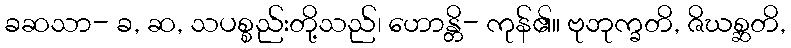
ခဆသာ- ခ, ဆ, သပစ္စည်းတို့သည်၊ ဟောန္တိ- ကုန်၏။ ဗုဘုက္ခတိ, ဇိဃစ္ဆတိ,